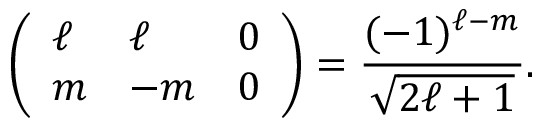
\left( \begin{array} { l l l } { \ell } & { \ell } & { 0 } \\ { m } & { - m } & { 0 } \end{array} \right) = \frac { ( - 1 ) ^ { \ell - m } } { \sqrt { 2 \ell + 1 } } .